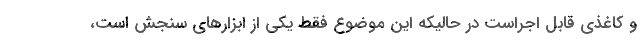
و کاغذی قابل اجراست در حالیکه این موضوع فقط یکی از ابزارهای سنجش است،